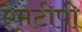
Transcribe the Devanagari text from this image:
एमटीपी